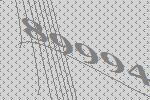
89994